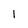
Character: l